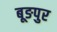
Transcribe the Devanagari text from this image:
बूङपुर